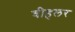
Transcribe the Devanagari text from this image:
वीहलर